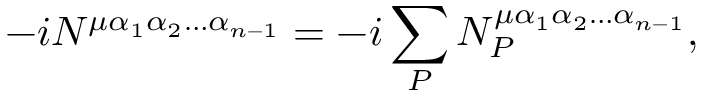
- i N ^ { \mu \alpha _ { 1 } \alpha _ { 2 } \ldots \alpha _ { n - 1 } } = - i \sum _ { P } N _ { P } ^ { \mu \alpha _ { 1 } \alpha _ { 2 } \ldots \alpha _ { n - 1 } } ,